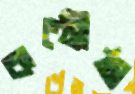
কণ্ঠ্যৌষ্ঠ্য